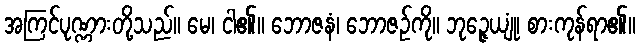
အကြင်ပုဏ္ဏားတို့သည်။ မေ၊ ငါ၏။ ဘောဇနံ၊ ဘောဇဉ်ကို။ ဘုဉ္ဇေယျုံ၊ စားကုန်ရာ၏။